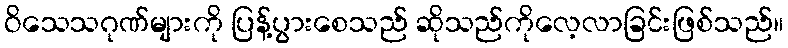
ဝိသေသဂုဏ်များကို ပြန့်ပွားစေသည် ဆိုသည်ကိုလေ့လာခြင်းဖြစ်သည်။